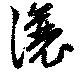
瀼